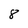
Character: 8